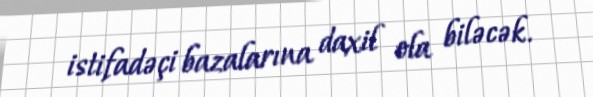
istifadəçi bazalarına daxil ola biləcək.